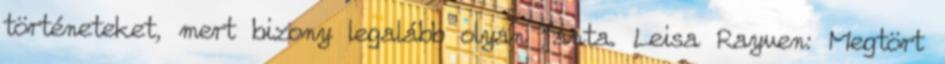
történeteket, mert bizony legalább olyan fanta. Leisa Rayven: Megtört